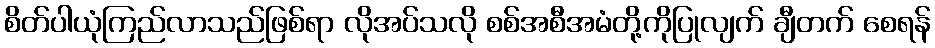
စိတ်ပါယုံကြည်လာသည်ဖြစ်ရာ လိုအပ်သလို စစ်အစီအမံတို့ကိုပြုလျက် ချီတက် စေရန်